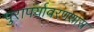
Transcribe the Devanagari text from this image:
पुरापर्यावरणशास्त्र